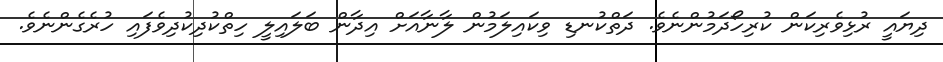
ދިޔައީ ރުޅިވެރިކަން ކުރިހޯދަމުންނެވެ. ދަތްކުނޑި ވިކައިލަމުން ލާނާއަށް އިދާން ބަލައިލީ ހިތްކުދިކުދިވެފައި ހުރެގެންނެވެ.